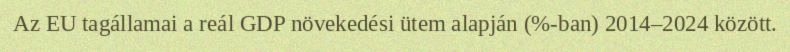
Az EU tagállamai a reál GDP növekedési ütem alapján (%-ban) 2014–2024 között.